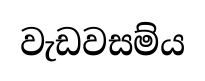
වැඩවසම්ය